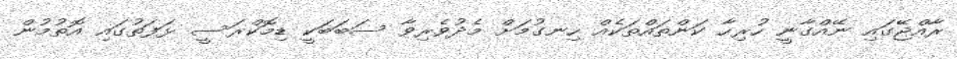
ރާއްޖޭގައި ނޭއްގާނީ ހުރިހާ ކަންތައްތަކެއް ހިނގުމަށް މެދުވެރިވާ ސަބަބަކީ ޑިމޮކްރަސީ ޅަފަތުގައި އޮތުމުން